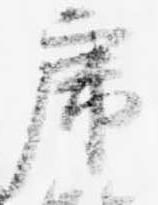
虎